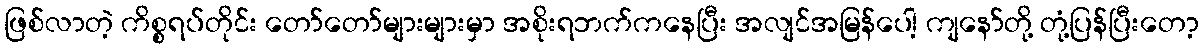
ဖြစ်လာတဲ့ ကိစ္စရပ်တိုင်း တော်တော်များများမှာ အစိုးရဘက်ကနေပြီး အလျင်အမြန်ပေါ့ ကျနော်တို့ တုံ့ပြန်ပြီးတော့